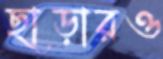
ছাড়ারও